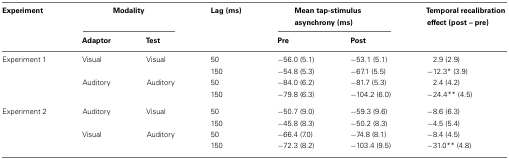
<table><thead><tr><td><b>Experiment</b></td><td colspan="2"><b>Modality</b></td><td><b>Lag (ms)</b></td><td colspan="2"><b>Mean tap-stimulus asynchrony (ms)</b></td><td><b>Temporal recalibration effect (post – pre)</b></td></tr><tr><td></td><td><b>Adaptor</b></td><td><b>Test</b></td><td></td><td><b>Pre</b></td><td><b>Post</b></td><td></td></tr></thead><tbody><tr><td>Experiment 1</td><td>Visual</td><td>Visual</td><td>50</td><td>−56.0 (5.1)</td><td>−53.1 (5.1)</td><td>2.9 (2.9)</td></tr><tr><td></td><td></td><td></td><td>150</td><td>−54.8 (5.3)</td><td>−67.1 (5.5)</td><td>−12.3* (3.9)</td></tr><tr><td></td><td>Auditory</td><td>Auditory</td><td>50</td><td>−84.0 (6.2)</td><td>−81.7 (5.3)</td><td>2.4 (4.2)</td></tr><tr><td></td><td></td><td></td><td>150</td><td>−79.8 (6.3)</td><td>−104.2 (6.0)</td><td>−24.4** (4.5)</td></tr><tr><td>Experiment 2</td><td>Auditory</td><td>Visual</td><td>50</td><td>−50.7 (9.0)</td><td>−59.3 (9.6)</td><td>−8.6 (6.3)</td></tr><tr><td></td><td></td><td></td><td>150</td><td>−45.8 (8.3)</td><td>−50.2 (8.3)</td><td>−4.5 (5.4)</td></tr><tr><td></td><td>Visual</td><td>Auditory</td><td>50</td><td>−66.4 (7.0)</td><td>−74.8 (8.1)</td><td>−8.4 (4.5)</td></tr><tr><td></td><td></td><td></td><td>150</td><td>−72.3 (8.2)</td><td>−103.4 (9.5)</td><td>−31.0** (4.8)</td></tr></tbody></table>